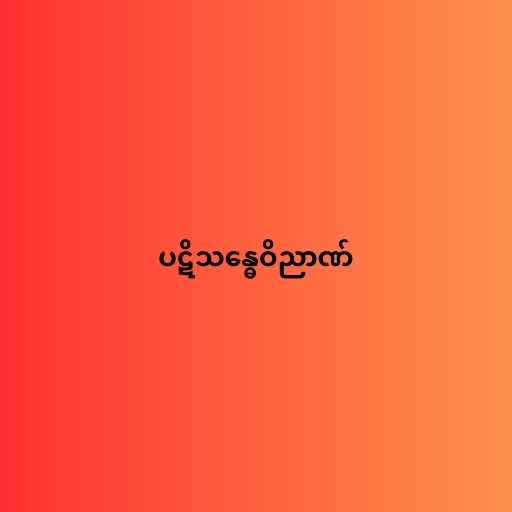
ပဋိသန္ဓေဝိညာဏ်